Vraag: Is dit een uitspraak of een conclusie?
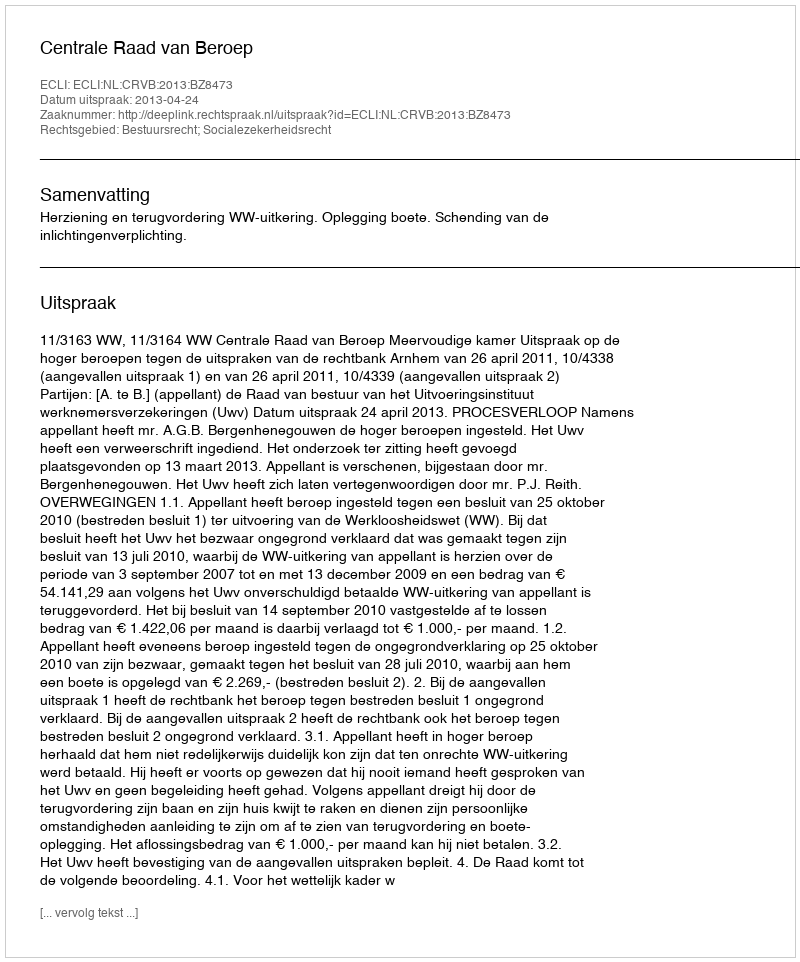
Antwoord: Uitspraak